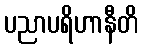
ပညာပရိဟာနီတိ